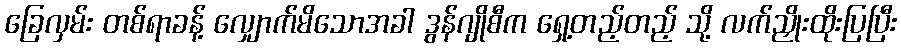
ခြေလှမ်း တစ်ရာခန့် လျှောက်မိသောအခါ ဒွန်ဂျိုစီက ရှေ့တည့်တည့် သို့ လက်ညှိုးထိုးပြပြီး